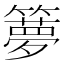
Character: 𥶃